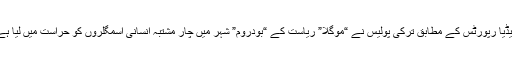
میڈیا رپورٹس کے مطابق ترکی پولیس نے “موگلا” ریاست کے “بودروم” شہر میں چار مشتبہ انسانی اسمگلروں کو حراست میں لیا ہے۔